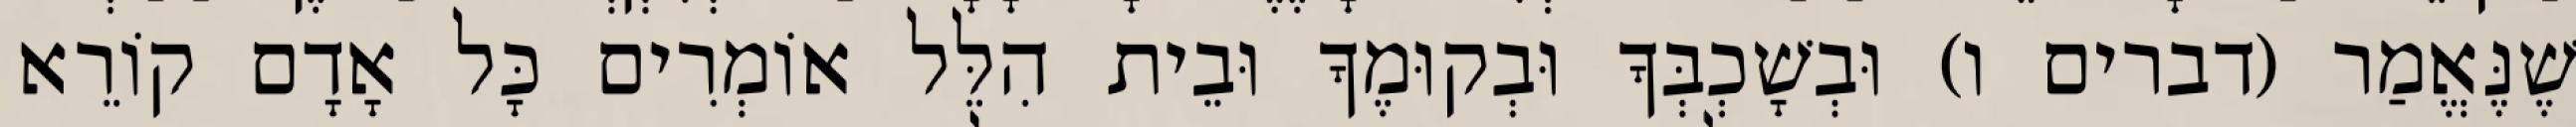
שֶׁנֶּאֱמַר (דברים ו) וּבְשָׁכְבְּךָ וּבְקוּמֶךָ וּבֵית הִלֵּל אוֹמְרִים כָּל אָדָם קוֹרֵא